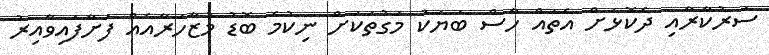
ސަރުކާރާއި ދެކޮޅަށް އެތައް ހާސް ބަޔަކު މަގުތަކަށް ނިކުމެ ބޮޑު މުޒާހަރާއެއް ފަށާފައިވާއިރު